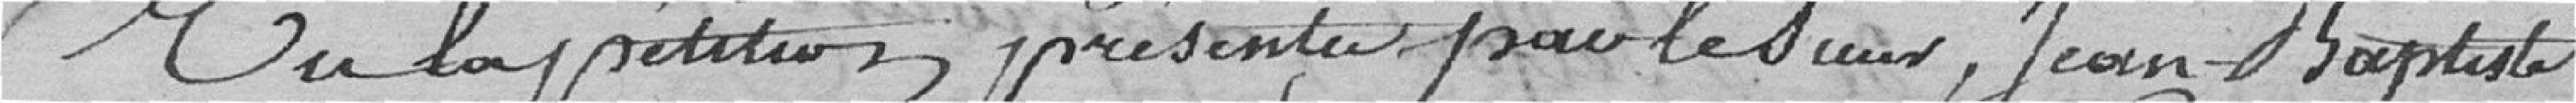
Vu la pétition, présenté par le sieur, Jean-Baptiste